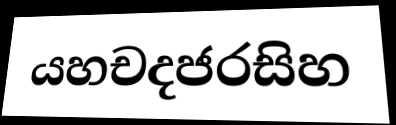
යහචදජරසිහ